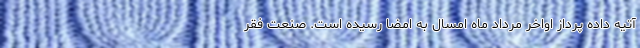
آتیه داده پرداز اواخر مرداد ماه امسال به امضا رسیده است. صنعت فقر